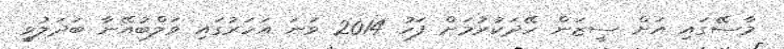
މާސޭގައި އަށް ސީޒަން ހޭދަކުރުމަށް ފަހު 2014 ވަނަ އަހަރުގައި ވަލްބުއޭނާ ބަދަލުވީ